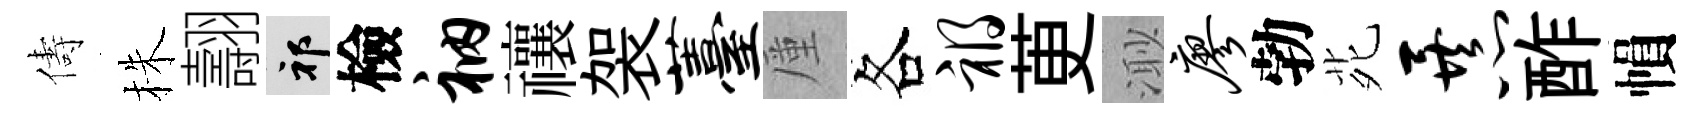
儔株翿祁檢衲禳袈薹厪各祸茰𣺌廖勃𫟍暴酢𢄙